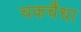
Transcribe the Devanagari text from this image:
चकचैंधा